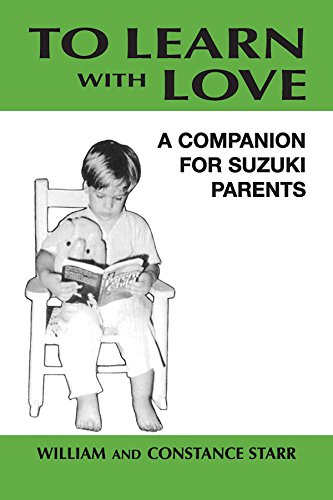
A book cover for To Learn With Love: A Companion for Suzuki Parents; Constance Starr; Arts & Photography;